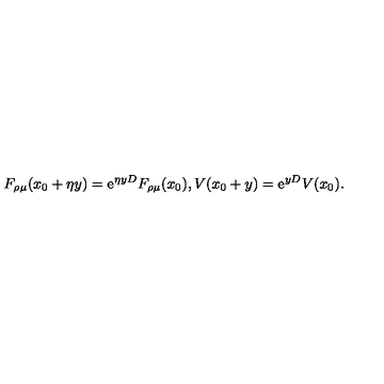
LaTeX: F _ { \rho \mu } ( x _ { 0 } + \eta y ) = \mathrm { e } ^ { \eta y D } F _ { \rho \mu } ( x _ { 0 } ) , V ( x _ { 0 } + y ) = \mathrm { e } ^ { y D } V ( x _ { 0 } ) .